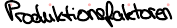
Produktionsfaktoren